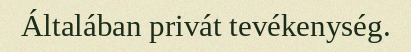
Általában privát tevékenység.